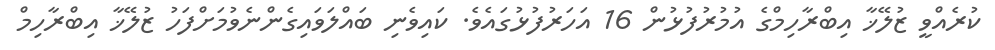
ކުރެއްވީ ޒުލޭޚާ އިބްރާހިމްގެ އުމުރުފުޅުން 16 އަހަރުފުޅުގައެވެ. ކައިވެނި ބައްލަވައިގެންނެވުމަށްފަހު ޒުލޭޚާ އިބްރާހިމް